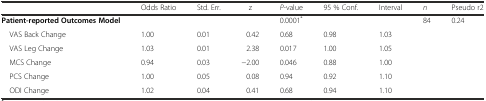
|  | Odds Ratio | Std. Err. | z | P-value | 95 % Conf. | Interval | n | Pseudo r2 |
 | --- | --- | --- | --- | --- | --- | --- | --- | --- |
 | Patient-reported Outcomes Model |  |  |  | 0.0001* |  |  | 84 | 0.24 |
 | VAS Back Change | 1.00 | 0.01 | 0.42 | 0.68 | 0.98 | 1.03 |  |  |
 | VAS Leg Change | 1.03 | 0.01 | 2.38 | 0.017 | 1.00 | 1.05 |  |  |
 | MCS Change | 0.94 | 0.03 | −2.00 | 0.046 | 0.88 | 1.00 |  |  |
 | PCS Change | 1.00 | 0.05 | 0.08 | 0.94 | 0.92 | 1.10 |  |  |
 | ODI Change | 1.02 | 0.04 | 0.41 | 0.68 | 0.94 | 1.10 |  |  |